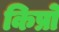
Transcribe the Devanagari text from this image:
किप्रो